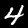
Digit: 4